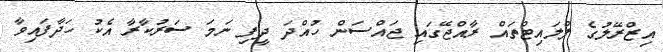
އިޒްރޭލުގެ ފްލައިޓްތައް ރާއްޖޭގައި ޖައްސަން ހުއްދަ ދީފި ނަމަ ސަރުކާރާ އެކު ހަދާފައިވާ